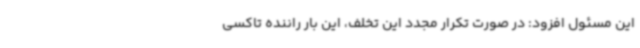
این مسئول افزود: در صورت تکرار مجدد این تخلف، این بار راننده تاکسی